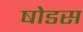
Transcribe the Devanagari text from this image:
षोडस